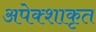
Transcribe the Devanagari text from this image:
अपेक्शाकृत